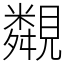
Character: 䚏